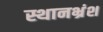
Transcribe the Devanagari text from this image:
स्थानभ्रंश